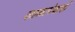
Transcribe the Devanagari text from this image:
काळापेक्षाही